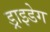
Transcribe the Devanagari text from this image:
ड्राइडेग